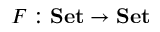
F : \mathrm { \bf { S e t } } \to \mathrm { \bf { S e t } }